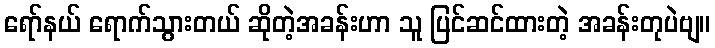
ရော်နယ် ရောက်သွားတယ် ဆိုတဲ့အခန်းဟာ သူ ပြင်ဆင်ထားတဲ့ အခန်းတုပဲဗျ။